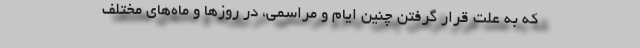
که به علت قرار گرفتن چنین ایام و مراسمی، در روزها و ماه‌های مختلف